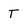
Character: t